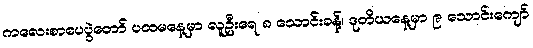
ကလေးစာပေပွဲတော် ပထမနေ့မှာ လူဦးရေ ၈ သောင်းခန့်၊ ဒုတိယနေ့မှာ ၉ သောင်းကျော်